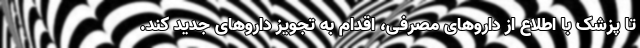
تا پزشک با اطلاع از داروهای مصرفی، اقدام به تجویز داروهای جدید کند.